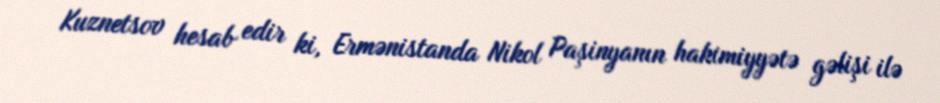
Kuznetsov hesab edir ki, Ermənistanda Nikol Paşinyanın hakimiyyətə gəlişi ilə